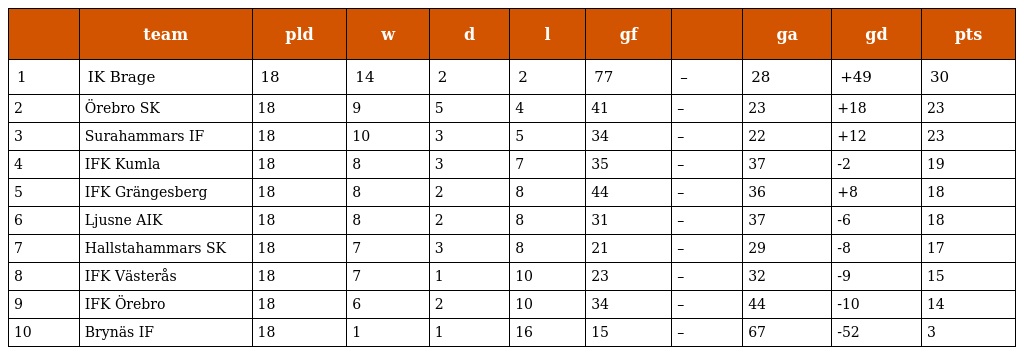
|  | team | pld | w | d | l | gf |  | ga | gd | pts |
 | --- | --- | --- | --- | --- | --- | --- | --- | --- | --- | --- |
 | 1 | IK Brage | 18 | 14 | 2 | 2 | 77 | – | 28 | +49 | 30 |
 | 2 | Örebro SK | 18 | 9 | 5 | 4 | 41 | – | 23 | +18 | 23 |
 | 3 | Surahammars IF | 18 | 10 | 3 | 5 | 34 | – | 22 | +12 | 23 |
 | 4 | IFK Kumla | 18 | 8 | 3 | 7 | 35 | – | 37 | -2 | 19 |
 | 5 | IFK Grängesberg | 18 | 8 | 2 | 8 | 44 | – | 36 | +8 | 18 |
 | 6 | Ljusne AIK | 18 | 8 | 2 | 8 | 31 | – | 37 | -6 | 18 |
 | 7 | Hallstahammars SK | 18 | 7 | 3 | 8 | 21 | – | 29 | -8 | 17 |
 | 8 | IFK Västerås | 18 | 7 | 1 | 10 | 23 | – | 32 | -9 | 15 |
 | 9 | IFK Örebro | 18 | 6 | 2 | 10 | 34 | – | 44 | -10 | 14 |
 | 10 | Brynäs IF | 18 | 1 | 1 | 16 | 15 | – | 67 | -52 | 3 |